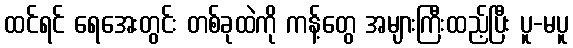
ထင်ရင် ရေအေးတွင်း တစ်ခုထဲကို ကန့်တွေ အများကြီးထည့်ပြီး ပူ-မပူ